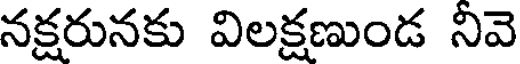
నక్షరునకు విలక్షణుండ నివె